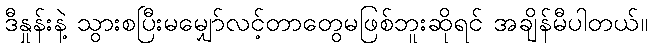
ဒီနှုန်းနဲ့ သွားစပြီးမမျှော်လင့်တာတွေမဖြစ်ဘူးဆိုရင် အချိန်မီပါတယ်။